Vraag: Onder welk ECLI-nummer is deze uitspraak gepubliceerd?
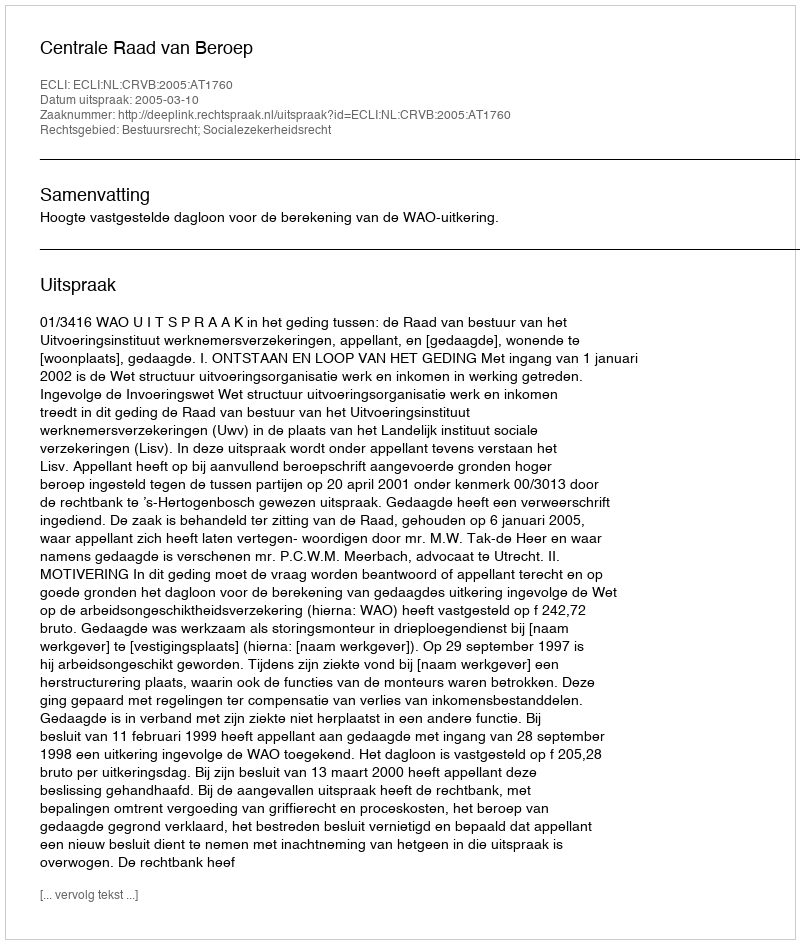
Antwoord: ECLI:NL:CRVB:2005:AT1760